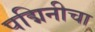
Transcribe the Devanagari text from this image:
पद्मिनीचा